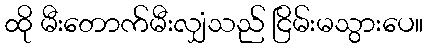
ထို မီးတောက်မီးလျှံသည် ငြိမ်းမသွားပေ။